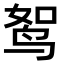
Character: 𫛪